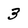
Character: 3